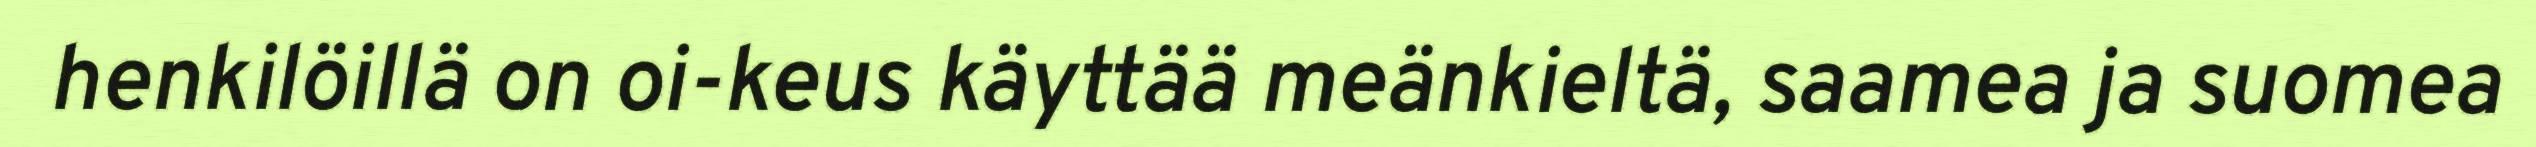
henkilöillä on oi-keus käyttää meänkieltä, saamea ja suomea